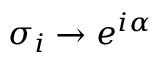
\sigma _ { i } \rightarrow e ^ { i \alpha }